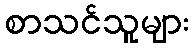
စာသင်သူများ